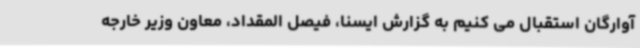
آوارگان استقبال می کنیم به گزارش ایسنا، فیصل المقداد، معاون وزیر خارجه